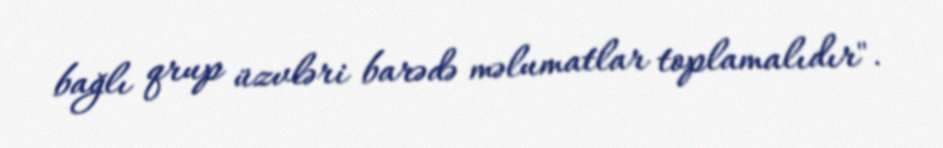
bağlı qrup üzvləri barədə məlumatlar toplamalıdır".